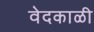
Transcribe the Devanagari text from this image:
वेदकाळी